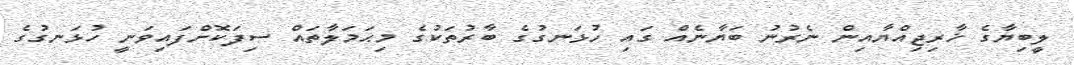
ލީބިޔާގެ ޚާރިޖިއްޔާއިން ނެރުނު ބަޔާނެއް ގައި ހުޅަނގުގެ ބާރުތަކުގެ މިޙަމަލާތައް ސިފަކޮށްފައިވަނީ ހުޅަނގުގެ